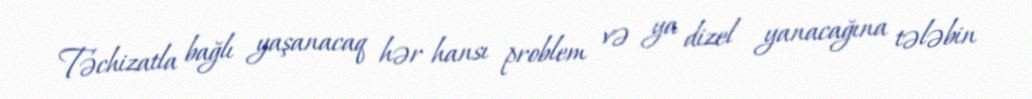
Təchizatla bağlı yaşanacaq hər hansı problem və ya dizel yanacağına tələbin